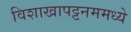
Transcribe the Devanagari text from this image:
विशाखापट्टनममध्ये